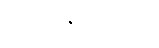
ဟူလို။ နာမ်တရား